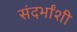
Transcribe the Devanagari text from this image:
संदर्भांशी